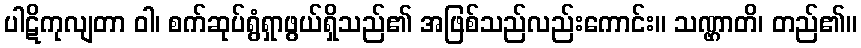
ပါဋိကုလျတာ ဝါ၊ စက်ဆုပ်ရွံရှာဖွယ်ရှိသည်၏ အဖြစ်သည်လည်းကောင်း။ သဏ္ဌာတိ၊ တည်၏။